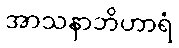
အာသနာဘိဟာရံ